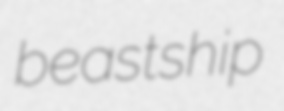
beastship